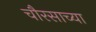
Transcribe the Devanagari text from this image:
चौरसाच्या